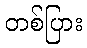
တစ်ပြား